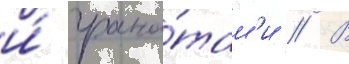
и́ грана́там'и // В